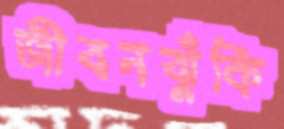
জীবনঝুঁকি